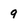
Character: 9